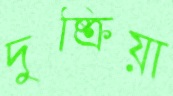
দুষ্ক্রিয়া